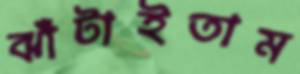
ঝাঁটাইতাম